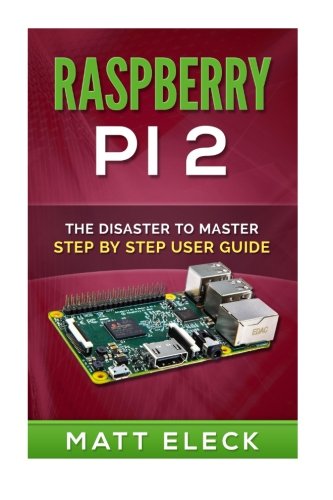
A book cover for Raspberry Pi 2: The Disaster To Master Step By Step User Guide; Matt Eleck; Computers & Technology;